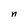
Character: n